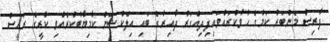
ފާރިސް މެންބަރު ކަމުގެ ހުވާކުރައްވައިފިދިއްގަރު ދާއިރާގެ ބައި އިލެކްޝަން ކާމިޔާބުކުރެއްވި ކުރީގެ ރައީސް